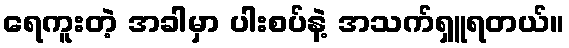
ရေကူးတဲ့ အခါမှာ ပါးစပ်နဲ့ အသက်ရှူရတယ်။